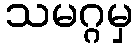
သမဂ္ဂမှ